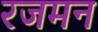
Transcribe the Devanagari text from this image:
रजमन